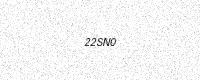
Text: 22SN0